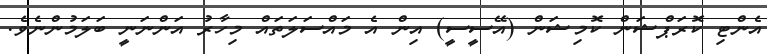
އެންޓި ކޮރަޕްޝަން ކޮމިޝަން (އޭސީސީ) އިން އެ މައްސަލަތައް މިހާރު އަންނަނީ ބަލަމުންނެވެ.